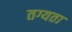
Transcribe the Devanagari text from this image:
तग्यता